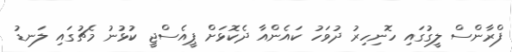
ފްރާންސް ލީގުގައި ހޮނިހިރު ދުވަހު ކައެންއާ ދެކޮޅަށް ޕީއެސްޖީ ކުޅުނު މެޗުގައި ލަނޑު